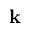
{ \bf k }